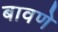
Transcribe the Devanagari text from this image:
बावणे